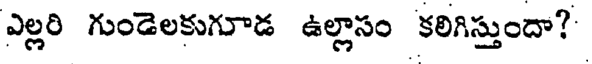
ఎల్లరి గుండెలకుగూడ ఉల్లాసం కలిగిస్తుందా?